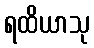
ရထိယာသု